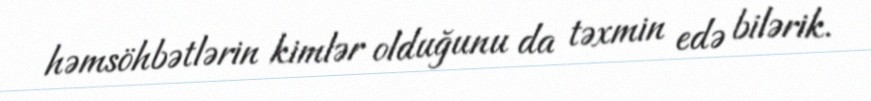
həmsöhbətlərin kimlər olduğunu da təxmin edə bilərik.